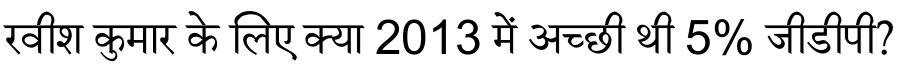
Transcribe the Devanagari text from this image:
रवीश कुमार के लिए क्या 2013 में अच्छी थी 5% जीडीपी?